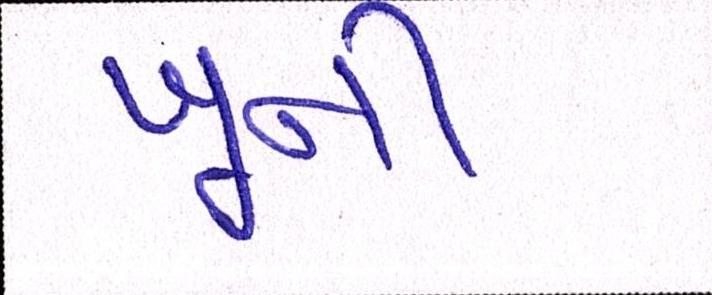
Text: ખૂની